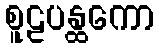
စူဠပန္ထကော